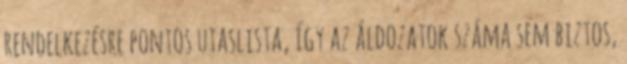
rendelkezésre pontos utaslista, így az áldozatok száma sem biztos,